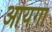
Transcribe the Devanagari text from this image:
आयगा